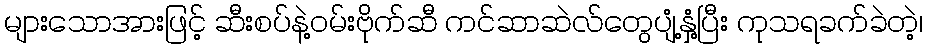
များသောအားဖြင့် ဆီးစပ်နဲ့ဝမ်းဗိုက်ဆီ ကင်ဆာဆဲလ်တွေပျံ့နှံ့ပြီး ကုသရခက်ခဲတဲ့၊